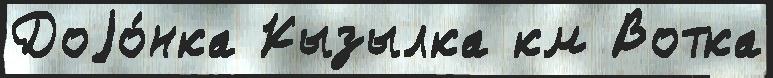
Доjо́нка Кызылка км Вотка